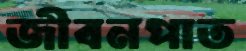
জীবনপাত